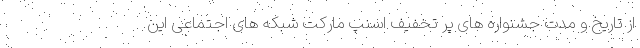
از تاریخ و مدت جشنواره های پر تخفیف اسنپ مارکت شبکه های اجتماعی این